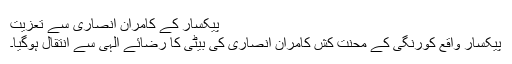
پیکسار کے کامران انصاری سے تعزیت
پیکسار واقع کورنگی کے محنت کش کامران انصاری کی بیٹی کا رضائے الٰہی سے انتقال ہوگیا۔